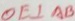
O E \bot A B